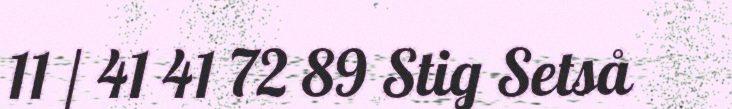
11 / 41 41 72 89 Stig Setså